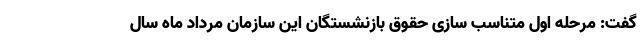
گفت: مرحله اول متناسب سازی حقوق بازنشستگان این سازمان مرداد ماه سال